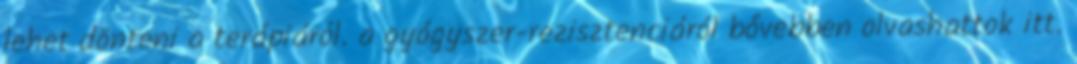
lehet dönteni a terápiáról. a gyógyszer-rezisztenciáról bővebben olvashattok itt.